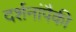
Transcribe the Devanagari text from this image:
दर्शनांपैकी